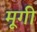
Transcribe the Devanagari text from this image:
मूगी